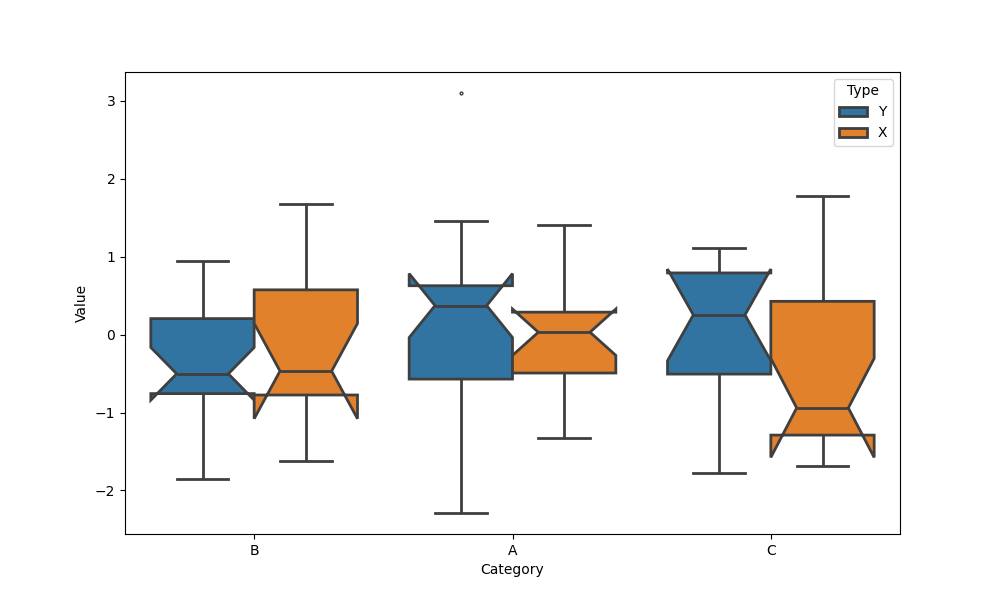
python, seaborn, boxplot, width=0.8, linewidth=2, fliersize=2, notch=True